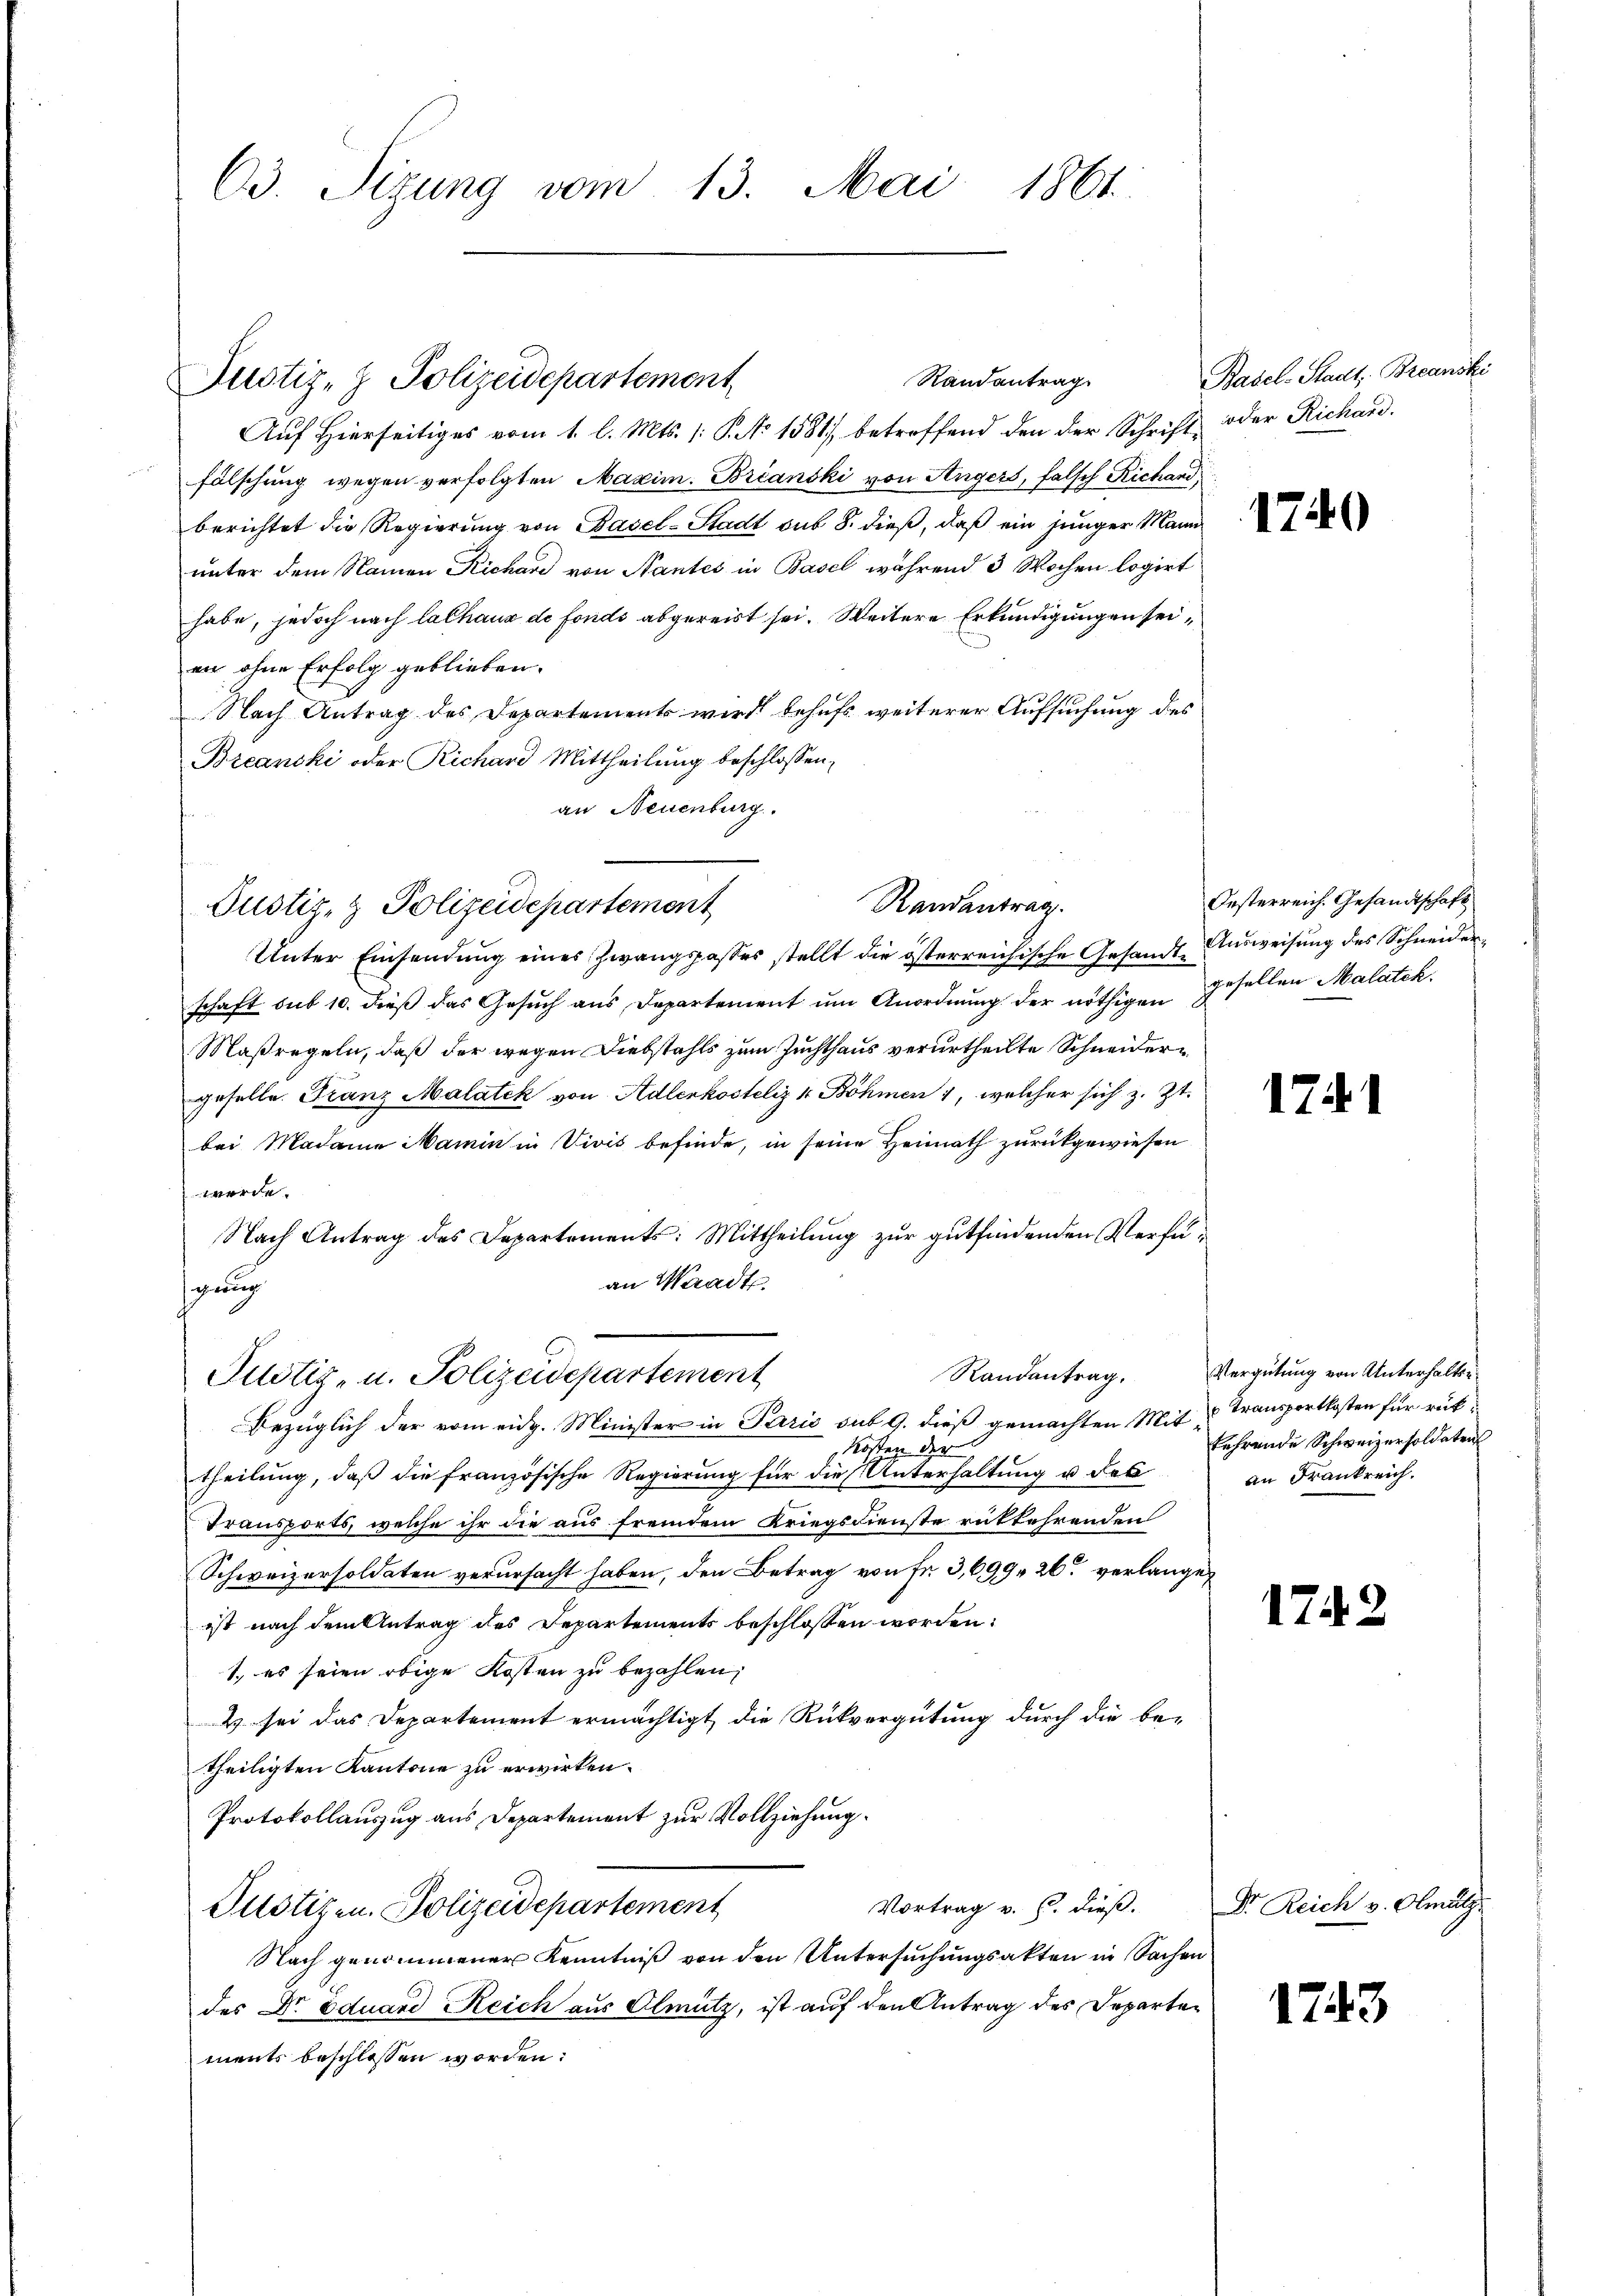
63. Sizung vom 13. Mai 1861.

Auf Hierseitiges vom 1. l. Mts. (: P. No 1581) betreffend den der Schrift oder Richard.
fälschung wegen verfolgten Maxim. Brianski von Angers, falsch Richand
berichtet die Regierung von Basel-Stadt sub 8. dieß, daß ein jünger Mann
unter dem Namen Richard von Nantes in Basel während 3 Wochen logirt
habe, jedoch nach lachaus de fonds abgereist sei. Weitere Erkundigungen seien ohne Erfolg geblieben.
Nach Antrag des Departement wird behufs weiterer Aufsuchung des
Breanski oder Richard Mittheilung beschlossen,
an Neuenburg.

Pustiz- u. Polizeidepartement

Justiz- & Polizeidepartemont

Randantrag

Randantrag.
Justiz- & Polizeidepartement

Unter Einsendung eines Zwangspasses stellt die österreichische Gesandt Ausweisung des Schneiderschaft sub 10. dieß das Gesŭch aus Departement ŭm Anordnŭng der nöthigen gesellen Malatek.
Maßregeln, daß der wegen Diebstahls zum Zuchthaus verurtheilte Schneidergeselle. Franz Malatek von Adlenkosteliz 4 Böhmen 1, welcher sich z. Zt.
bei Madame Mamin in Vivis befinde, in seine Heimath zurückgewiesen
werde.
Nach Antrag des Departements: Mittheilung zur gutfindenden Verfüan Waadt
sgnung
Randantrag.
Bezüglich der vom eidg. Minister in Paris sub 9. dieß gemachten Mit¬
Kosten der
theilung, daß die französische Regierung für die Unterhaltung u. das
Transports, welche ihr die aus fremdem Kriegsdienste rükkehrenden
Schweizersoldaten verursacht haben, den Betrag von Fr. 3,699, 26 verlangeist nach dem Antrag des Departements beschlossen worden:
1., es seien obige Kosten zu bezahlen,
& sei das Departement ermächtigt, die Rückvergütung durch die be-
theiligten Kantone zu erwirken.
Protokollauszug aus Departement zur Vollziehung.
Vortrag v. 6. dieß.
Justizen. Polizeidepartement
Nach genommener Kenntniß von den Untersuchungsakten in Sachen
des Dr Eduard Reich aus Olmütz, ist auf den Antrag des Departements beschlossen worden:

Basel-Stadt, Breanski

1740

Oesterreich. Gesandtschaft

1741

Vergütung von Unterhalten
 Transportkosten für rükkehrende Schweizersoldaten
an Frankreich.

174.

Dr. Reich v. Olmütz

1743